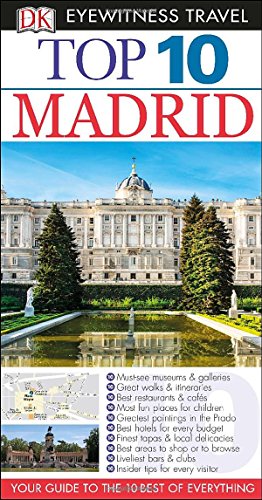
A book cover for Top 10 Madrid (Eyewitness Top 10 Travel Guide); DK Publishing; Travel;